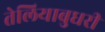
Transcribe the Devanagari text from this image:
तेलियाबुधरी